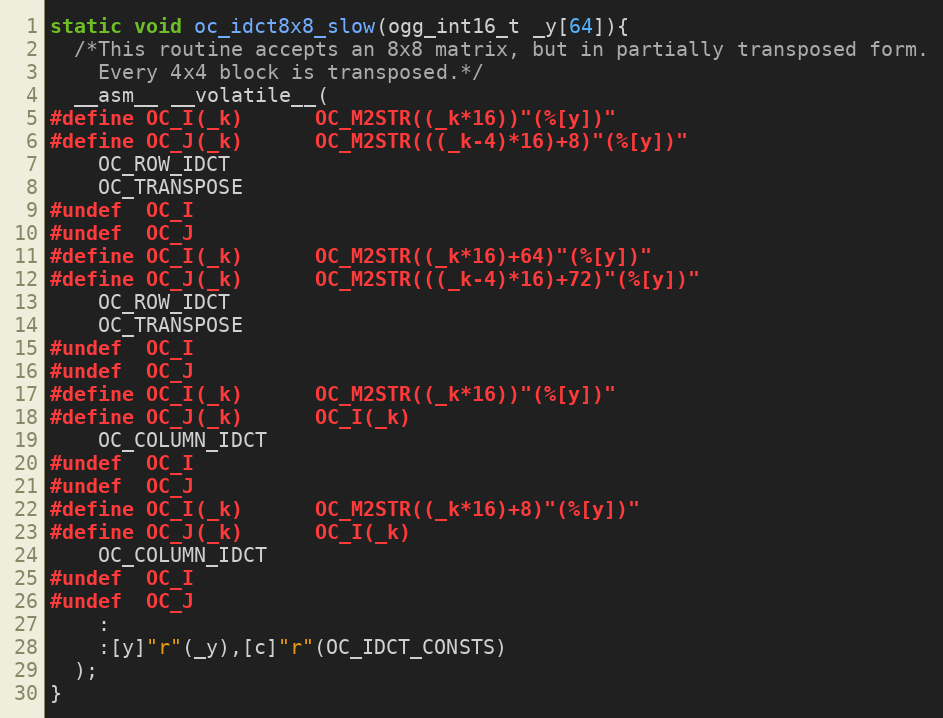
Language: C
static void oc_idct8x8_slow(ogg_int16_t _y[64]){
  /*This routine accepts an 8x8 matrix, but in partially transposed form.
    Every 4x4 block is transposed.*/
  __asm__ __volatile__(
#define OC_I(_k)      OC_M2STR((_k*16))"(%[y])"
#define OC_J(_k)      OC_M2STR(((_k-4)*16)+8)"(%[y])"
    OC_ROW_IDCT
    OC_TRANSPOSE
#undef  OC_I
#undef  OC_J
#define OC_I(_k)      OC_M2STR((_k*16)+64)"(%[y])"
#define OC_J(_k)      OC_M2STR(((_k-4)*16)+72)"(%[y])"
    OC_ROW_IDCT
    OC_TRANSPOSE
#undef  OC_I
#undef  OC_J
#define OC_I(_k)      OC_M2STR((_k*16))"(%[y])"
#define OC_J(_k)      OC_I(_k)
    OC_COLUMN_IDCT
#undef  OC_I
#undef  OC_J
#define OC_I(_k)      OC_M2STR((_k*16)+8)"(%[y])"
#define OC_J(_k)      OC_I(_k)
    OC_COLUMN_IDCT
#undef  OC_I
#undef  OC_J
    :
    :[y]"r"(_y),[c]"r"(OC_IDCT_CONSTS)
  );
}